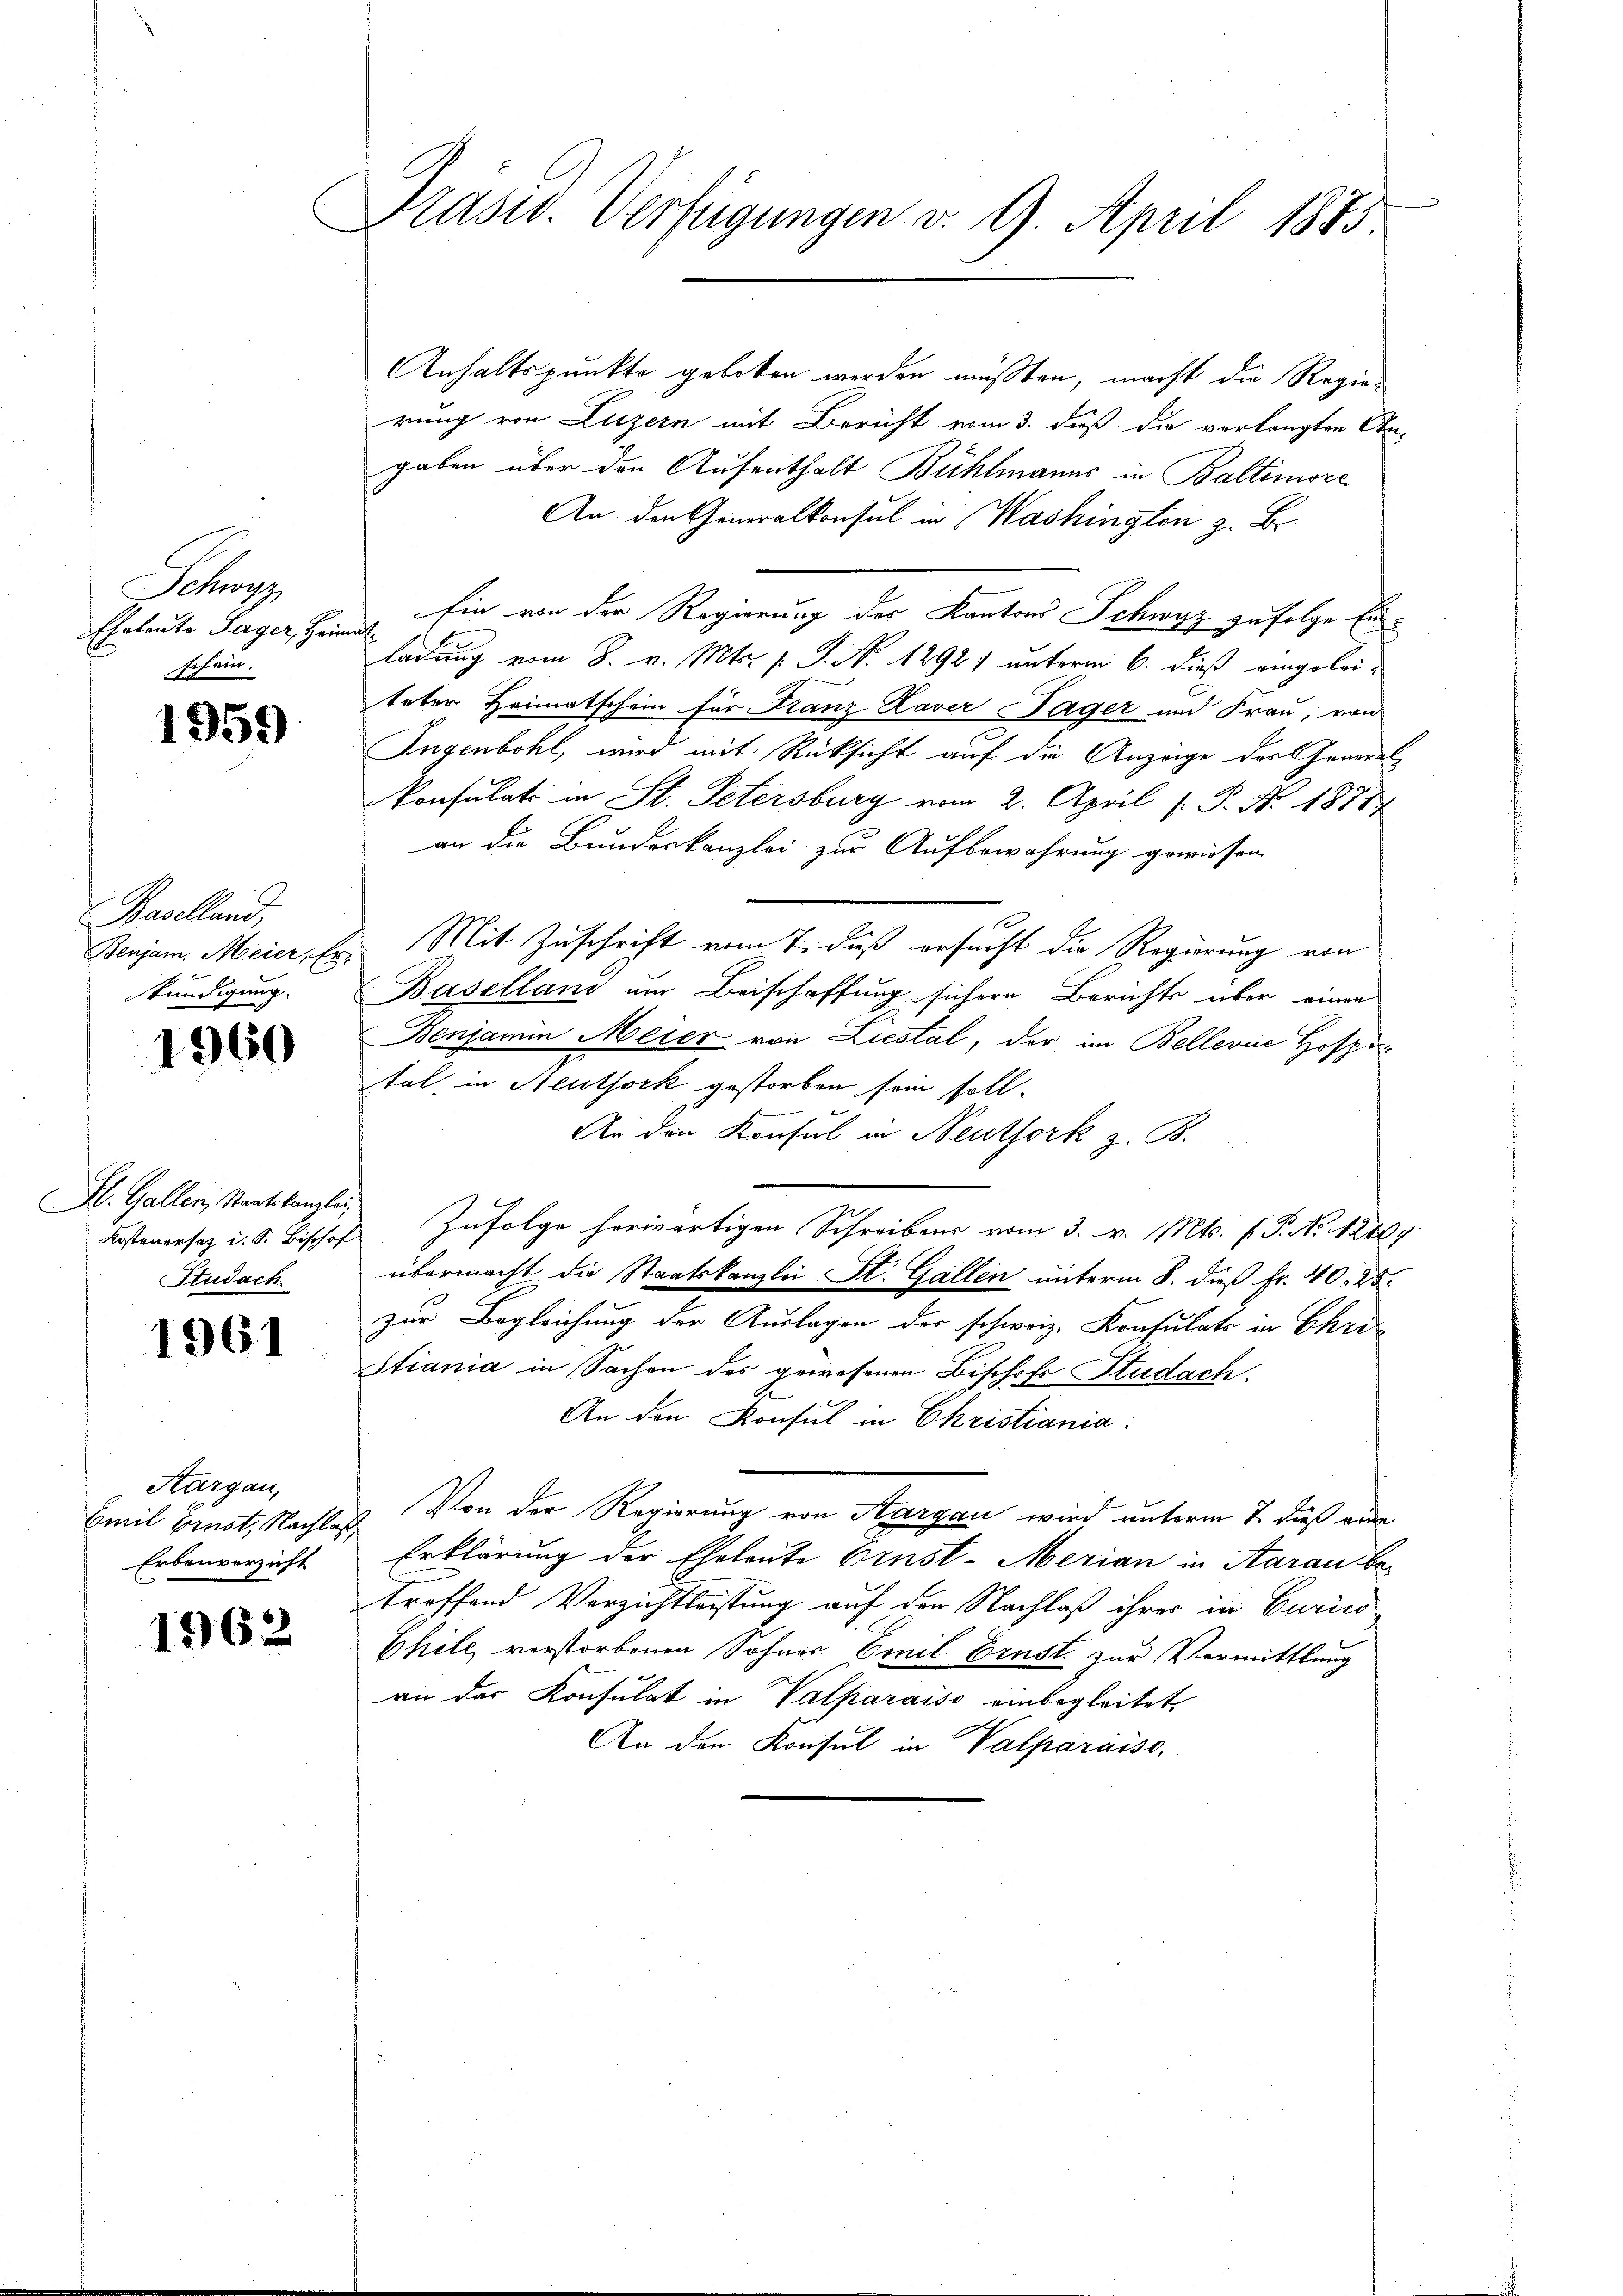
Schran
Eheleute Sager, Heimatschein.

1959

Grollen
kündigung.

1960

Ib. Gallen, Staatskanzlei
Studach

1961

Thurgau,
Emil Ernst, Nachlaß,
Erbenverzicht

1962

Prasw. Verfügungen v. 9. April 1875.

Anhaltspunkte geboten werden müßten, macht die Regierung von Luzern mit Bericht vom 3. daß die verlangten An-
gaben über den Aufenthalt Bühlmanns in Baltimore
An den Generalkonsul in Washingten z. B.
Ein von der Regierung des Kantons Schwyz zufolge Einladung vom 8. v. Mts. s. S. Nr. 1292) unterm 6. dieß eingeleiteter Heimatschein für Franz Xaver Lager und Frau, von
Ingenbohl, wird mit Rüksicht auf die Anzeige der General¬
Konsulats in St. Petersburg vom 2. April [ P. Nr. 18787
an die Bundeskanzlei zur Aufbewahrung gewiesen.
Benjam. Meier, Er. Mit Zuschrift vom 7. daß ersucht die Regierung von
Baselland um Beischaffung sichern Berichts über einen
Benjamin Meier von Liestal, der im Bellerne Hospital, in Neuthork gestorben sein soll.
An den Konsul in Neuthork z. B.
Kostens d. S. Bischof Zufolge herwärtigen Schreibens vom 3. v. Mts. f. P. No 1280
übermacht die Staatskanzlei St. Gallen unterm 8. dieß Fr. 40. 25.
zur Begleichung der Auslagen der schweiz. Konsulats in Chri¬
Stiania in Sachen des gewesenen Bischofs Studach
An den Konsul in Christiania.
Von der Regierung von Aargau wird unterm 7. daß au
Erklärung der Eheleute Ernst-Merian in Aarau betroffend Verzichtleistung auf der Nachlaß ihrer in Curico
Chile, verstorbenen Sohnes Emil Ernst zur Vermittlung
an der Konsulat in Valparaiso einbegleitet,
An den Konsul in Valparaiso